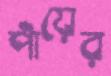
পাঁয়ের